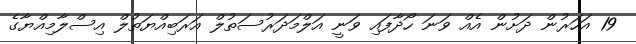
19 އަހަރުން ދަށުން އެއް ވަނަ ހޯދާފައި ވަނީ އަލްމަދަރުސަތުލް އަރަބިއްޔަތުލް އިސްލާމިއްޔާގެ